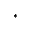
^ *